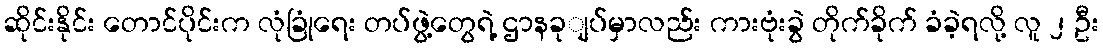
ဆိုင်းနိုင်း တောင်ပိုင်းက လုံခြုံရေး တပ်ဖွဲ့တွေရဲ့ ဌာနခုျပ်မှာလည်း ကားဗုံးခွဲ တိုက်ခိုက် ခံခဲ့ရလို့ လူ ၂ ဦး